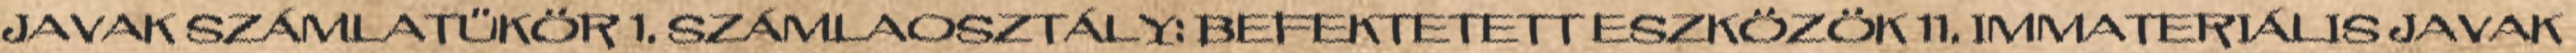
JAVAK SZÁMLATÜKÖR 1. SZÁMLAOSZTÁLY: BEFEKTETETT ESZKÖZÖK 11. IMMATERIÁLIS JAVAK